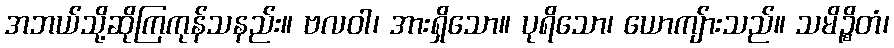
အဘယ်သို့ဆိုကြကုန်သနည်း။ ဗလဝါ၊ အားရှိသော။ ပုရိသော၊ ယောကျ်ားသည်။ သမိဉ္စိတံ၊